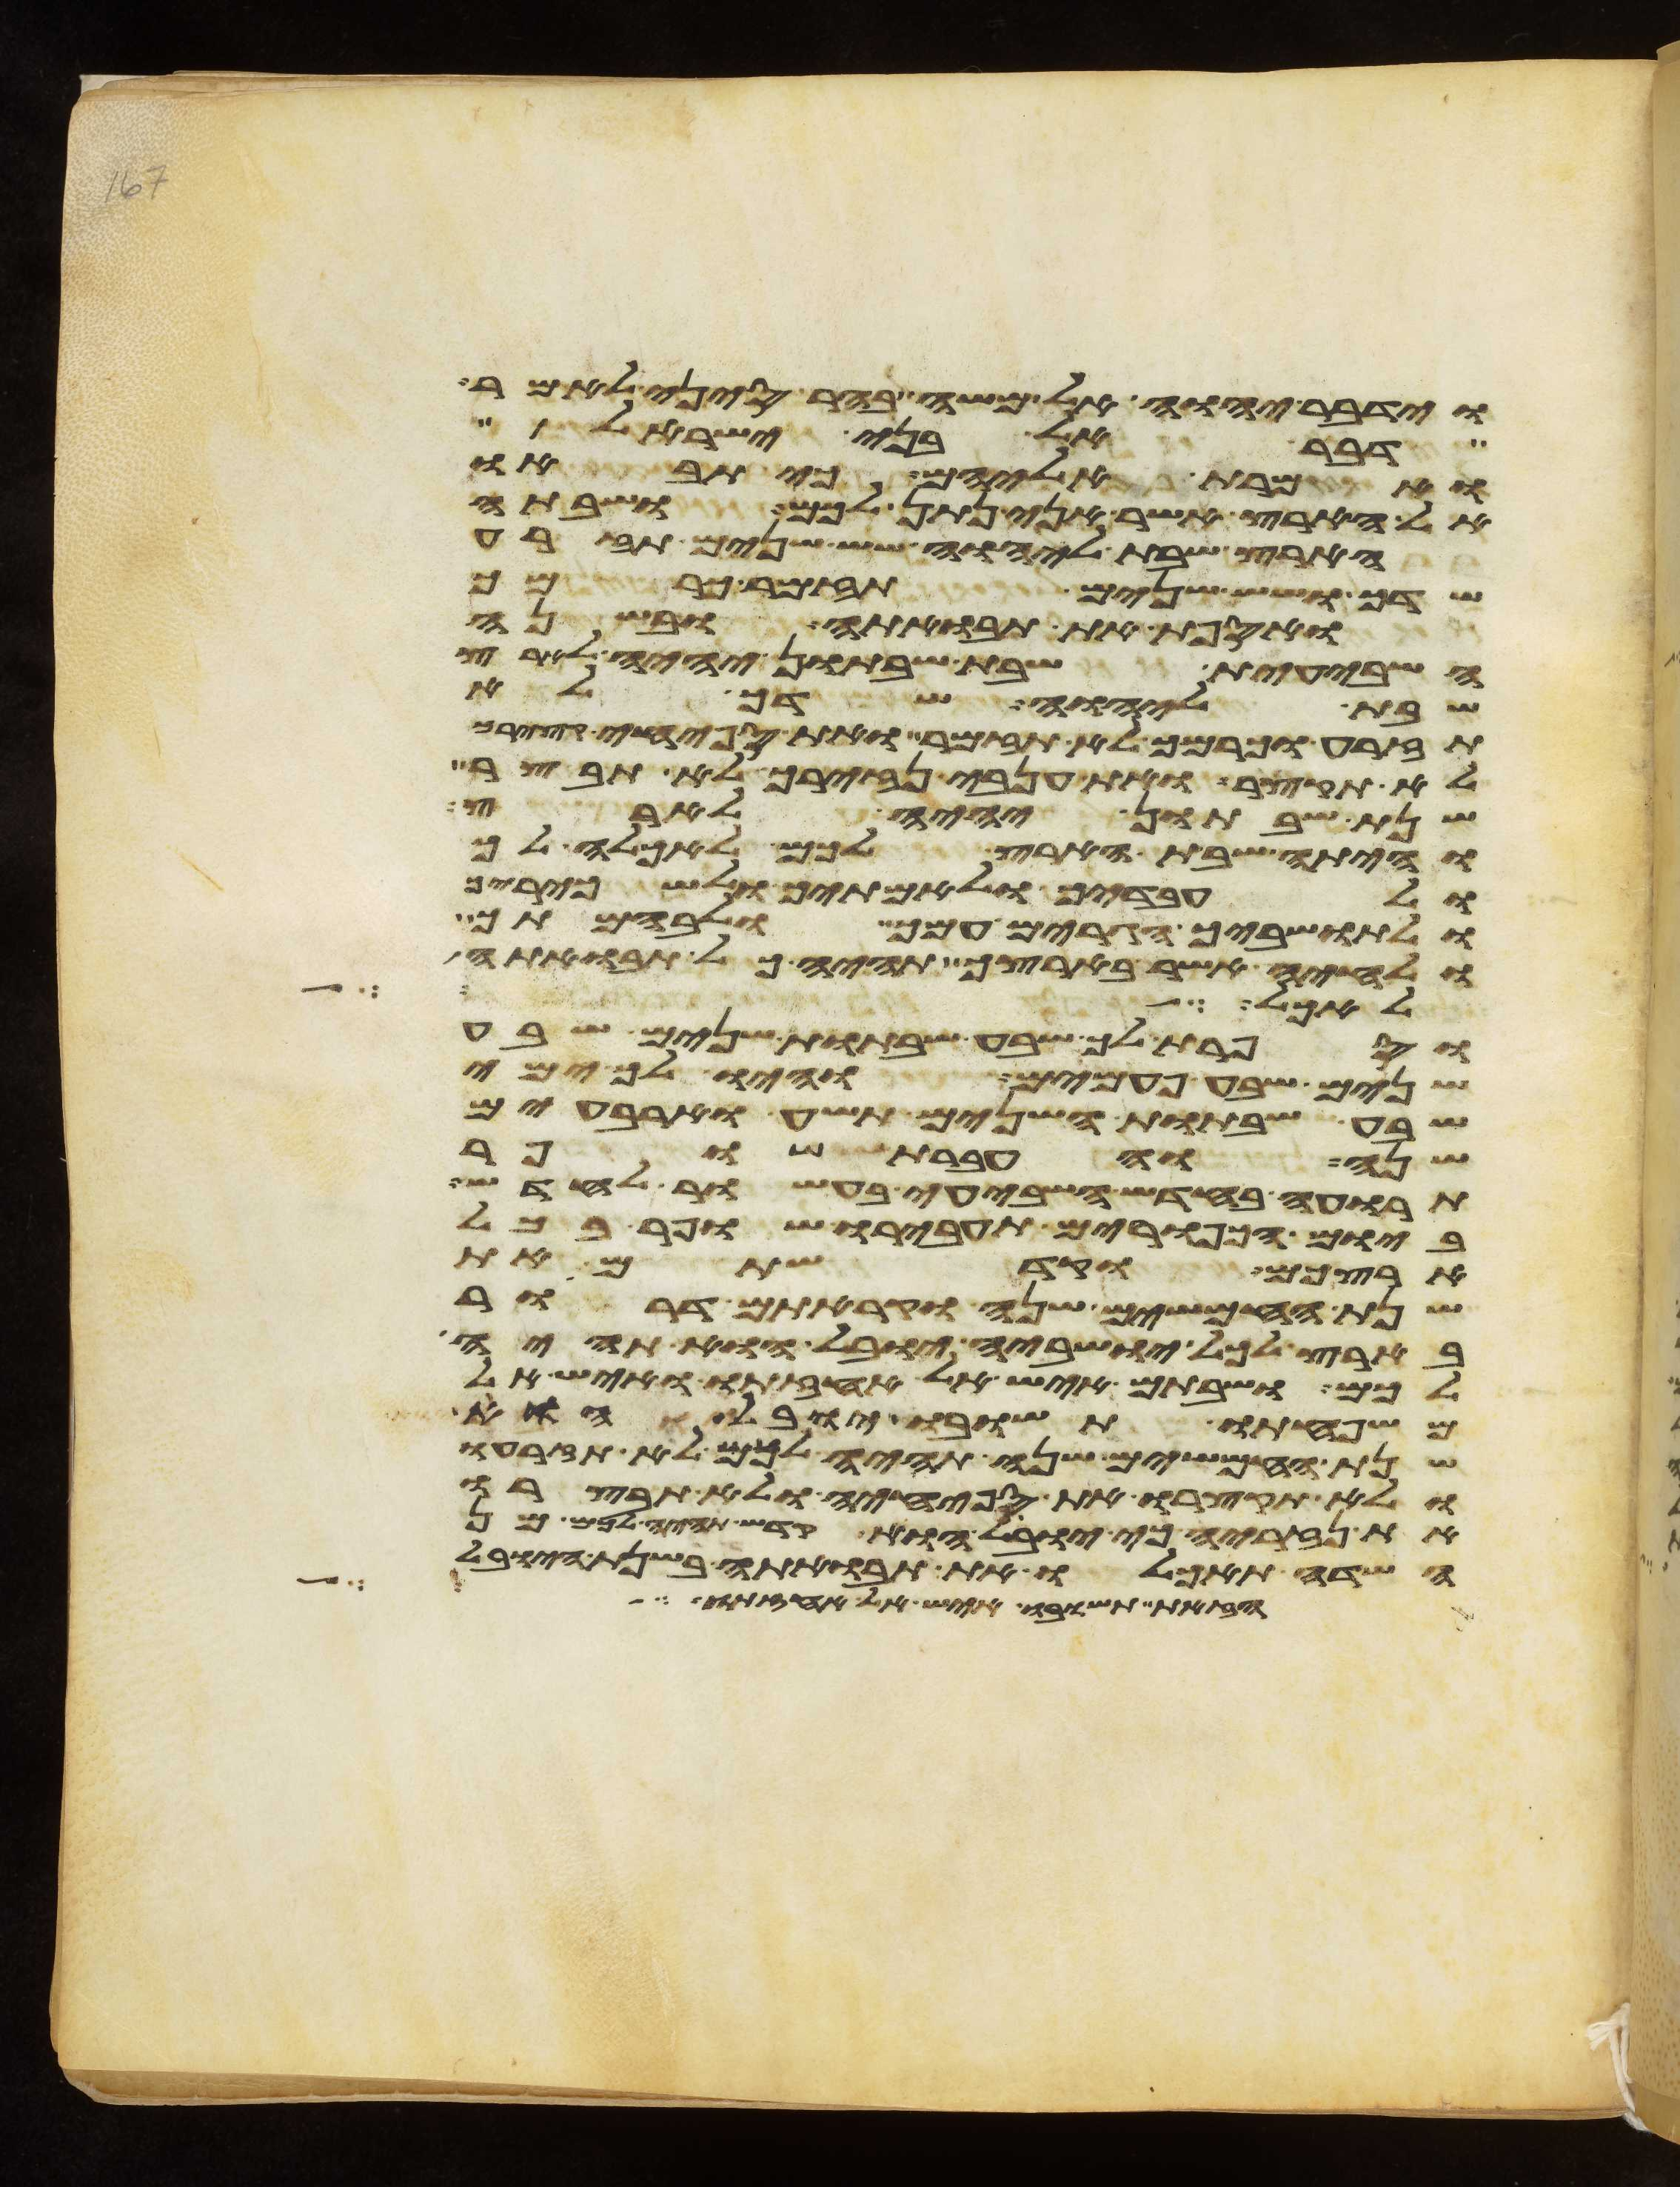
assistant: וידבר יהוה אל משה בהר סיני לאמר
דבר אל בני ישראל
ואמרת אליהם כי תבאו
אל הארץ אשר אני נתן לכם ושבתה
הארץ שבת ליהוה שש שנים תזרע
שדך ושש שנים תזמר כרמך
ואספת את תבואתה ובשנה
השביעית שבת שבתון יהיה לארץ
שבת ליהוה שדך לא
תזרע וכרמך לא תזמר ואת ספחי קציריך
לא תקצר ואת ענבי נזיריך לא תבצר
שנת שבתון יהיה לארץ
והיתה שבת הארץ לכם לאכלה לך
ולעבדיך ולאמתיך ולשכיריך
ולתושביך הגרים עמך ולבהמתך
ולחיה אשר בארצך תהיה כל תבואתה
לאהל על
וספרת לך שבע שבתות שנים שבע
שנים שבע פעמים והיו לך ימי
שבע שבתות השנים תשע וארבעים
שנה והעברת שופר
תרועה בחדש השביעי בעשור לחדש
ביום הכפורים תעבירו שופר בכל
ארצכם וקדשתם את
שנת החמשים שנה וקראתם דרור
בארץ לכל ישביה יובל הוא תהיה
לכם ושבתם איש אל אחזתו ואיש אל
משפחתו תשובו יובל הוא
שנת החמשים שנה תהיה לכם לא תזרעו
ולא תקצרו את ספחיה ולא תבצרו
את נזיריה כי יובל הוא קדש תהיה לכם מן
השדה תאכלו את תבואתה בשנת היובל
הזאת תשובו איש אל אחזתו